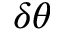
\delta \theta